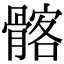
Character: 髂